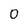
Character: 0